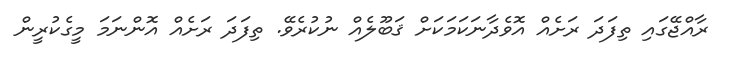
ރާއްޖޭގައި ތިފަދަ ރަށެއް އޮވެދާނަކަމަކަށް ޤަބޫލެއް ނުކުރެވޭ. ތިފަދަ ރަށެއް އޮންނަމަ މީގެކުރީން